Document type: Emphyteutic lease
Year: 1276
Scribe: Pere de Roca
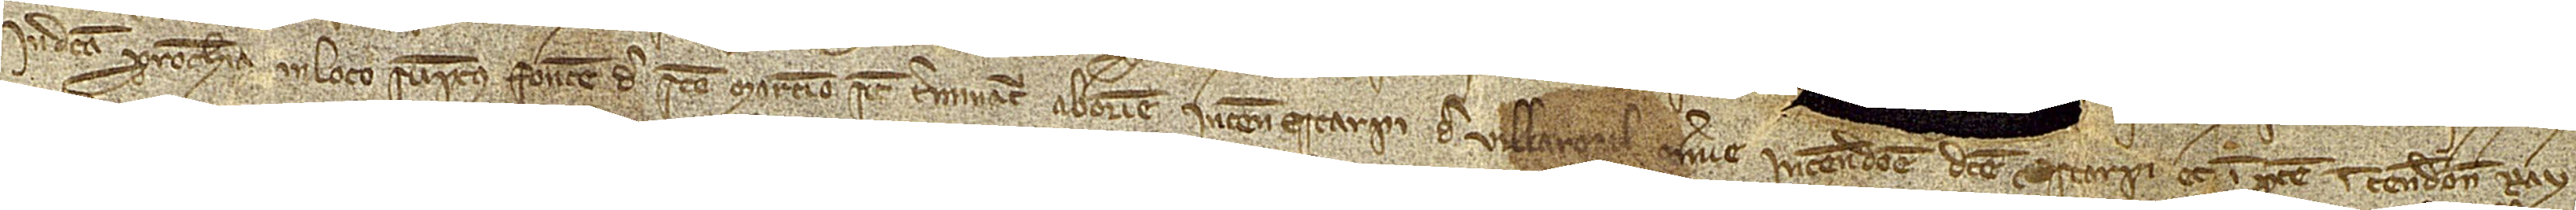
in dicta parrochia, in loco sumptus Fontem de Sancto Martino. Sicut terminatur ab oriente in tenedone Escarpi de Villarosal; a meridie in tenedone dicte Escarpi et in parte in tenedone Ray-